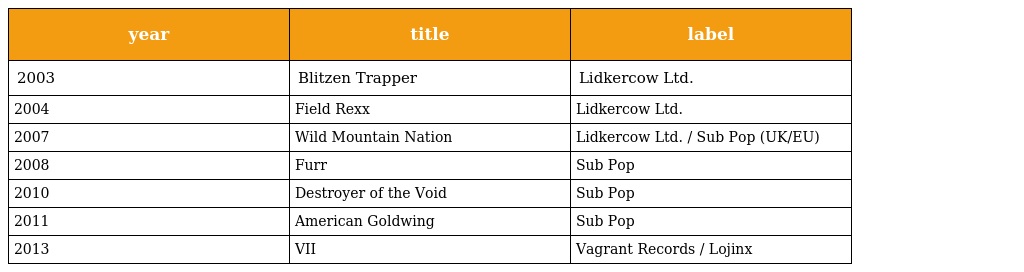
| year | title | label |
 | --- | --- | --- |
 | 2003 | Blitzen Trapper | Lidkercow Ltd. |
 | 2004 | Field Rexx | Lidkercow Ltd. |
 | 2007 | Wild Mountain Nation | Lidkercow Ltd. / Sub Pop (UK/EU) |
 | 2008 | Furr | Sub Pop |
 | 2010 | Destroyer of the Void | Sub Pop |
 | 2011 | American Goldwing | Sub Pop |
 | 2013 | VII | Vagrant Records / Lojinx |